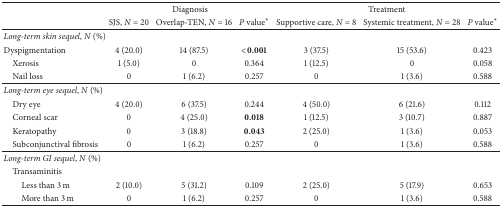
| <ROWSPAN=2>  | <COLSPAN=3> Diagnosis | <COLSPAN=3> Treatment |
 | SJS, N = 20 | Overlap-TEN, N = 16 | P value∗ | Supportive care, N = 8 | Systemic treatment, N = 28 | P value∗ |
 | --- | --- | --- | --- | --- | --- | --- |
 | Long-term skin sequel, N (%) |  |  |  |  |  |  |
 | Dyspigmentation | 4 (20.0) | 14 (87.5) | <0.001 | 3 (37.5) | 15 (53.6) | 0.423 |
 | Xerosis | 1 (5.0) | 0 | 0.364 | 1 (12.5) | 0 | 0.058 |
 | Nail loss | 0 | 1 (6.2) | 0.257 | 0 | 1 (3.6) | 0.588 |
 | Long-term eye sequel, N (%) |  |  |  |  |  |  |
 | Dry eye | 4 (20.0) | 6 (37.5) | 0.244 | 4 (50.0) | 6 (21.6) | 0.112 |
 | Corneal scar | 0 | 4 (25.0) | 0.018 | 1 (12.5) | 3 (10.7) | 0.887 |
 | Keratopathy | 0 | 3 (18.8) | 0.043 | 2 (25.0) | 1 (3.6) | 0.053 |
 | Subconjunctival fibrosis | 0 | 1 (6.2) | 0.257 | 0 | 1 (3.6) | 0.588 |
 | Long-term GI sequel, N (%) |  |  |  |  |  |  |
 | Transaminitis |  |  |  |  |  |  |
 | Less than 3 m | 2 (10.0) | 5 (31.2) | 0.109 | 2 (25.0) | 5 (17.9) | 0.653 |
 | More than 3 m | 0 | 1 (6.2) | 0.257 | 0 | 1 (3.6) | 0.588 |